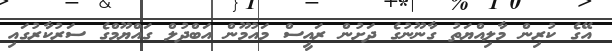
އޭގެ ކުރިން މާލިއްޔަތު ގާނޫނުގެ ދަށުން ރައީސް މައުމޫން އަބްދުލް ގައްޔޫމްގެ ސަރުކާރުގައި